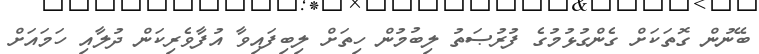
ބޭނުން ގޮތަކަށް ގެންގުޅުމުގެ ފުރުޞަތު ލިބުމުން ހިތަށް ލިބިފައިވާ އުފާވެރިކަން ދުލާއި ހަމައަށް